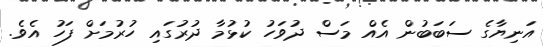
އަނިޔާގެ ސަބަބުން އެއް މަސް ދުވަހު ކުޅުމާ ދުރުގައި ހުރުމަށް ފަހު އެވެ.